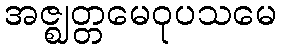
အဇ္ဈတ္တမေဝုပသမေ